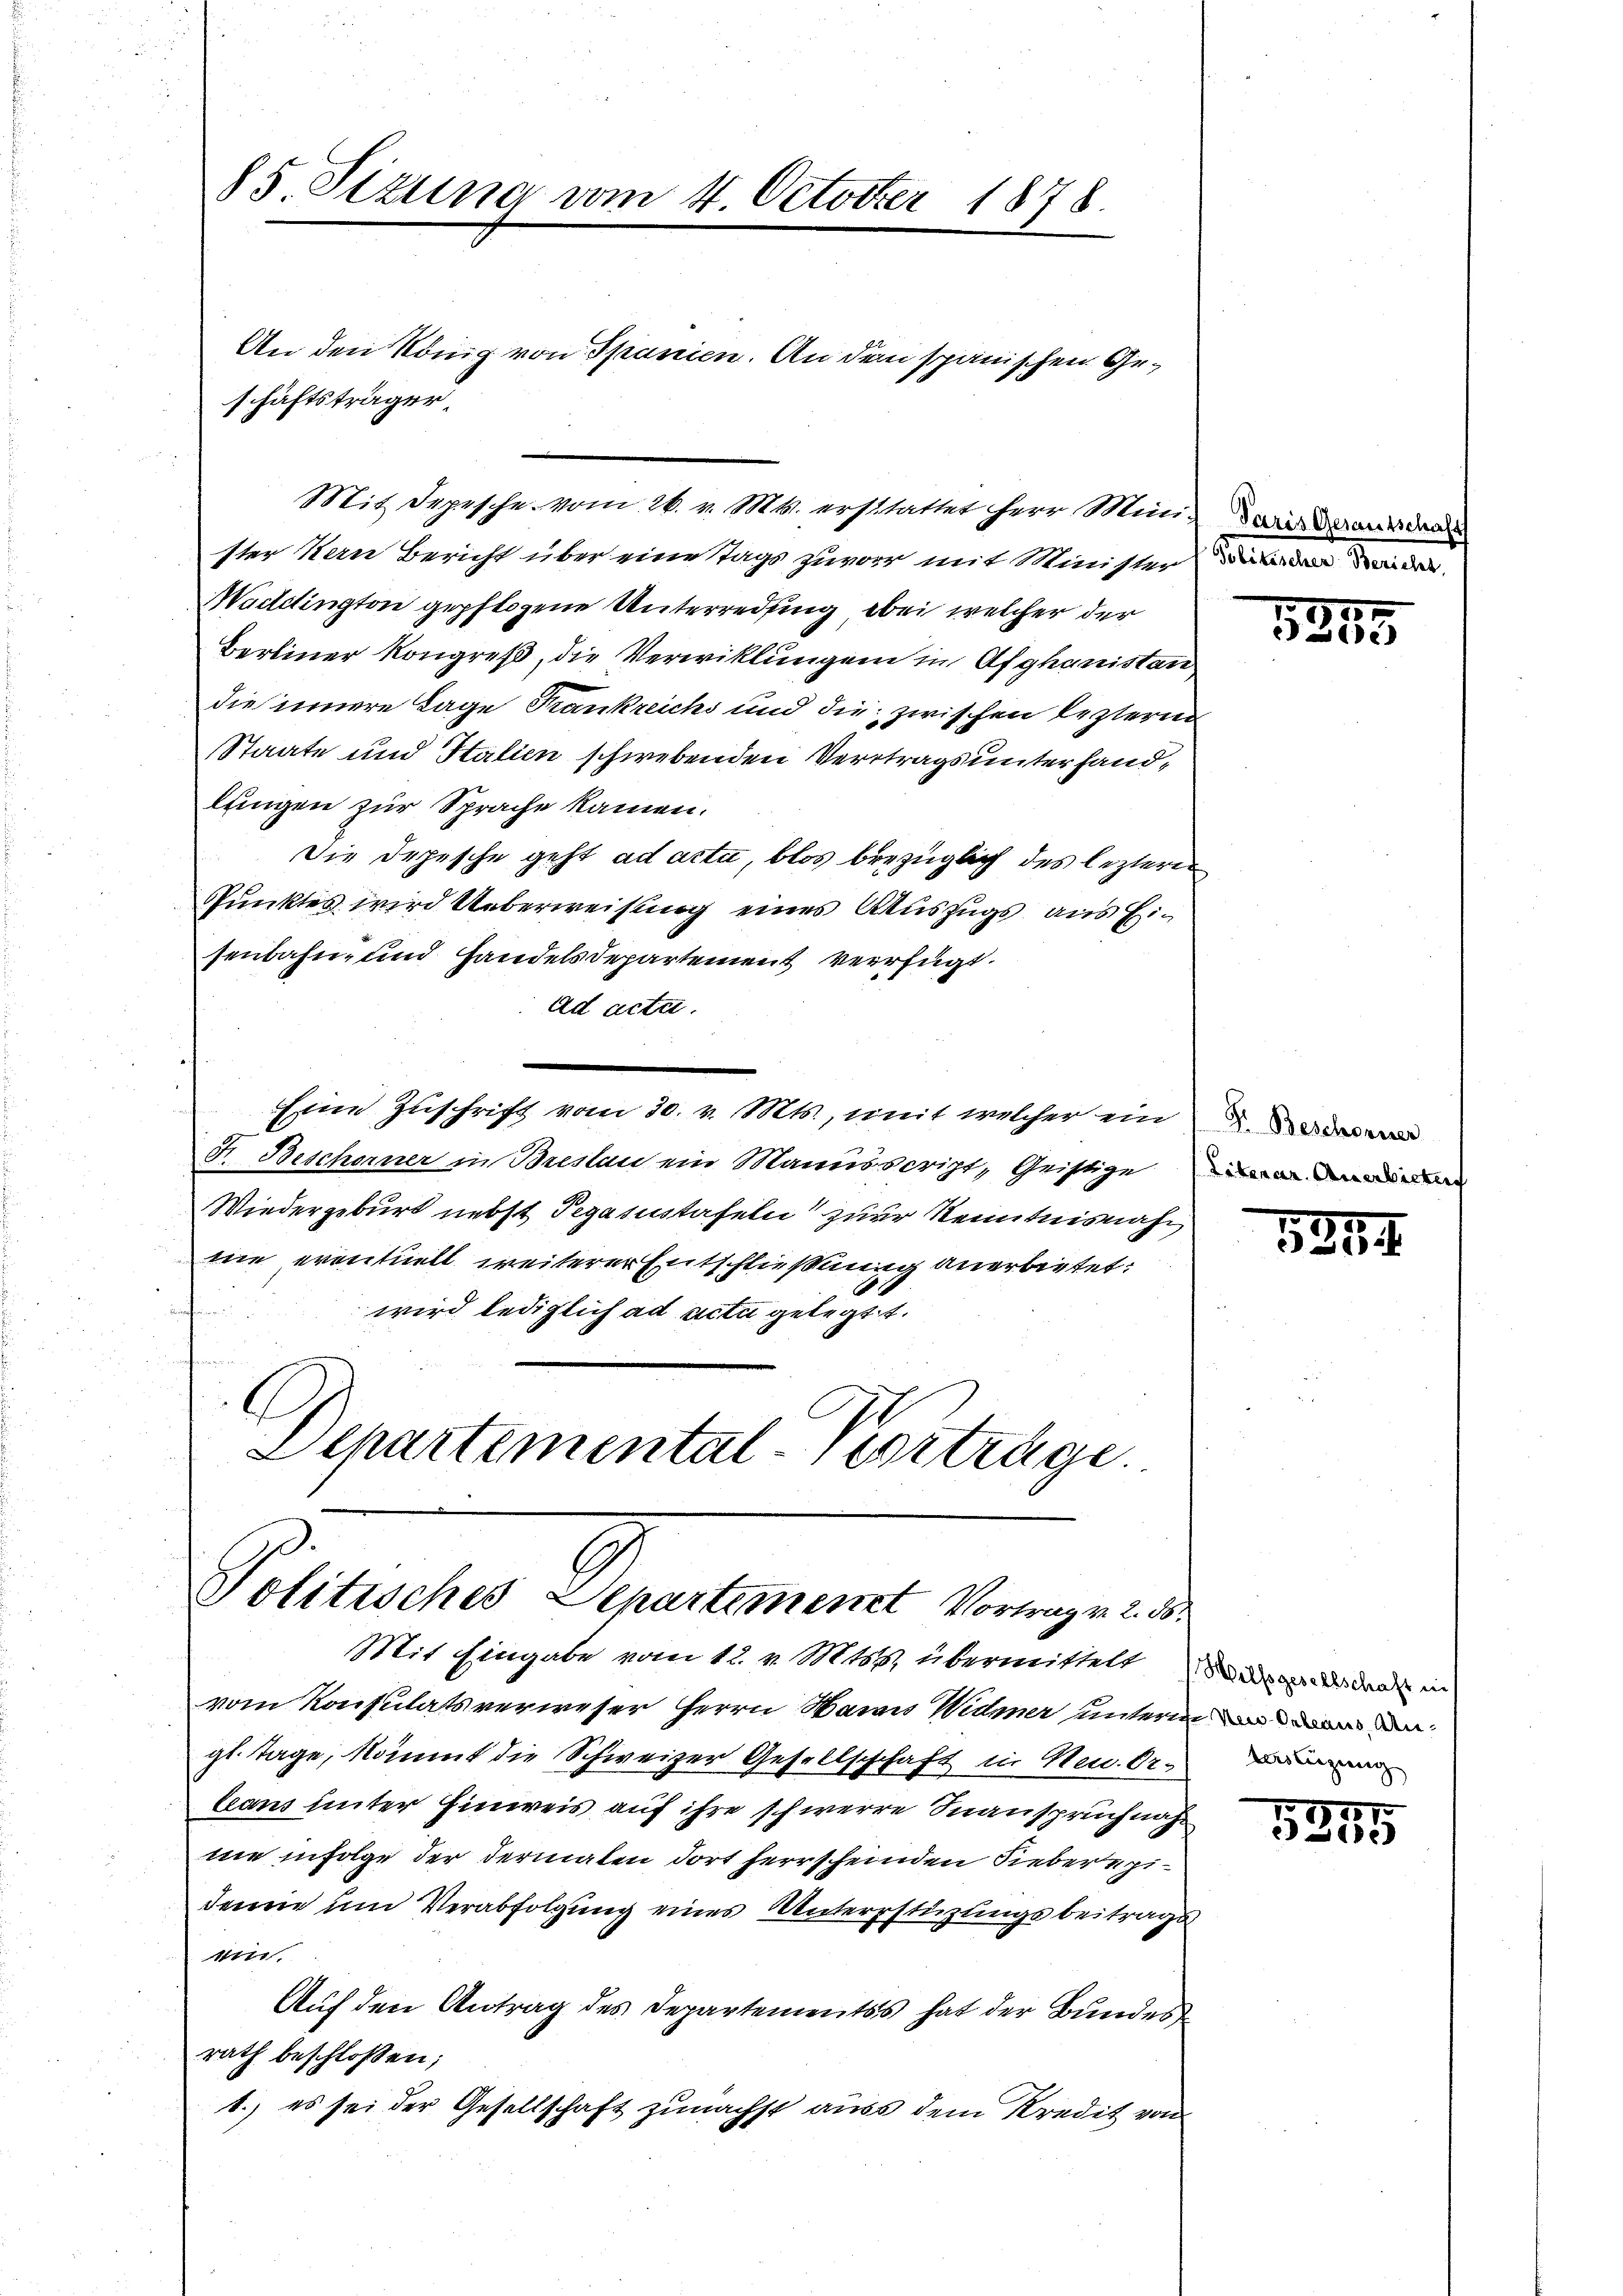
85. Sizung vom 4. October 1878.

schäftsträger.

ster Bern Bericht über eine Tags zuvor mit Ministen
Mactlington gepflogene Unterredung bei welcher der
Bereiner Kongreß, die Verwicklungen in Afghanistan
die innere Tage Frankreichs und die zwischen lezterin
Staate und Statien schwebenden Vertrags unterhandlfingen zur Sprache kamen.
Die Depesche geht ad acta, blos bezüglich des lezteren
Punktes wird Ueberweisung eines Auszugs aus Ei-
senbahn- und Handelsdepartement verfügt:
ad acte.
Eine Zuschrift vom 30. v. Mts., mit welcher ein d.
F. Beschorner in Breslau ein Manuscript, Geistige
Wiedergeburt nebst Pegasustafeln zur Kenntnisnahnie eventuell weiterer Entschließung anerbietet:
wird lediglich ad acta gelegt.
Departemental-Vertrage.

Mit Depesche vom 26. v. Mts. erstattet herr Minis darin daraus der

Politisches Departement Vortrag v. 2. 56.
Mit Eingabe vom 12. v. Mts. übermittelte der den in

An den König von Spanien. An dem spanischen Ge¬

vom Konsulatsverweser Herrn Maris Widmer untermin an
gl. Tage, kommt die Schweizer Gesellschaft in Neu Orleans unter Einweis auf ihre schwerre Inanspruch näh
nie infolge der dermalen dort herrscheinden Siebereidemie um Verabfolgung eines Unterstüzungsbeitrags
tti.
Auf den Antrag des Departementss hat der Bundesrath beschlossen;
1.) es sei der Gesellschaft zunächst auss dem Kredit von

1348

Liberar. Anerbietung

1884.

Auslegung

155
e